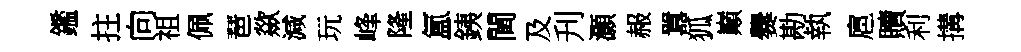
鑑拄向祖佩琶歘減玩峰隆氲銕閫及刋灝赧囂狐巔爨勘執扈贖利搆